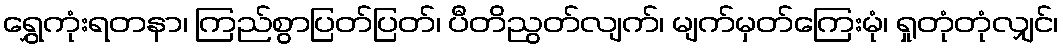
ရွှေကုံးရတနာ၊ ကြည်စွာပြတ်ပြတ်၊ ပီတိညွတ်လျက်၊ မျက်မှတ်ကြေးမုံ၊ ရှုတုံတုံလျှင်၊